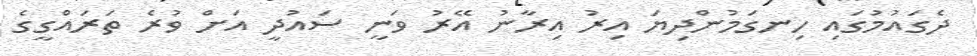
ދެގައުމުގައި ހިނގަމުންދިޔަ އިރު އިރާނު އޭރު ވަނީ ސައުދީ އަށް ވުރެ ތަރައްގީގެ